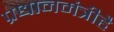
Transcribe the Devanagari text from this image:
प्रधानमंत्रीहै